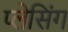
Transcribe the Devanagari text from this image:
प्लेसिंग